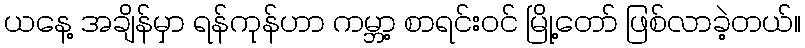
ယနေ့ အချိန်မှာ ရန်ကုန်ဟာ ကမ္ဘာ့ စာရင်းဝင် မြို့တော် ဖြစ်လာခဲ့တယ်။